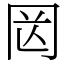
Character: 㒺